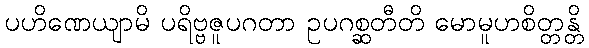
ပဟိဏေယျာမိ ပရိဗ္ဗဇူပဂတာ ဥပဂစ္ဆတီတိ မောမူဟစိတ္တန္တိ